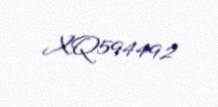
XQ594492